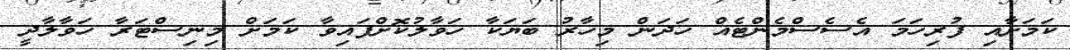
ކަމަށާއި ފުރިހަމަ އެސެސްމެންޓެއް ހަދަން މިހާރު ބަޔަކާ ހަވާލުކޮށްފައިވާ ކަަމަށް މިނިސްޓަރާ ހަވާލާދީ